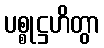
ပစ္စုဋ္ဌဟိတွာ